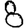
Digit: 8